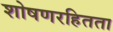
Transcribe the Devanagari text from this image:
शोषणरहितता